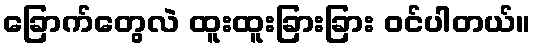
ခြောက်တွေလဲ ထူးထူးခြားခြား ဝင်ပါတယ်။